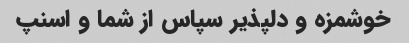
خوشمزه و دلپذیر سپاس از شما و اسنپ